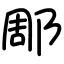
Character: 郮